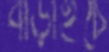
বাড়াইচে